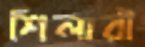
শিলারী